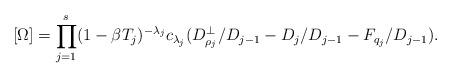
LaTeX: \begin{align*} [\Omega] = \prod_{j=1}^s (1-\beta T_j)^{-\lambda_j} c_{\lambda_j}( D_{\rho_j}^\perp/D_{j-1} - D_j/D_{j-1} - F_{q_j}/D_{j-1} ).\end{align*}